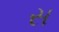
સ